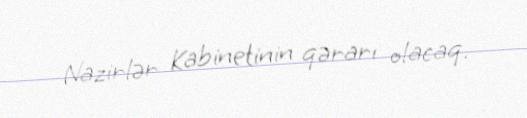
Nazirlər Kabinetinin qərarı olacaq.